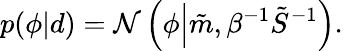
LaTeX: p(\phi|d)=\mathcal{N}\left(\phi\middle|\tilde{m},\beta^{-1}\tilde{S}^{-1}\right).